Summary of further report on surra
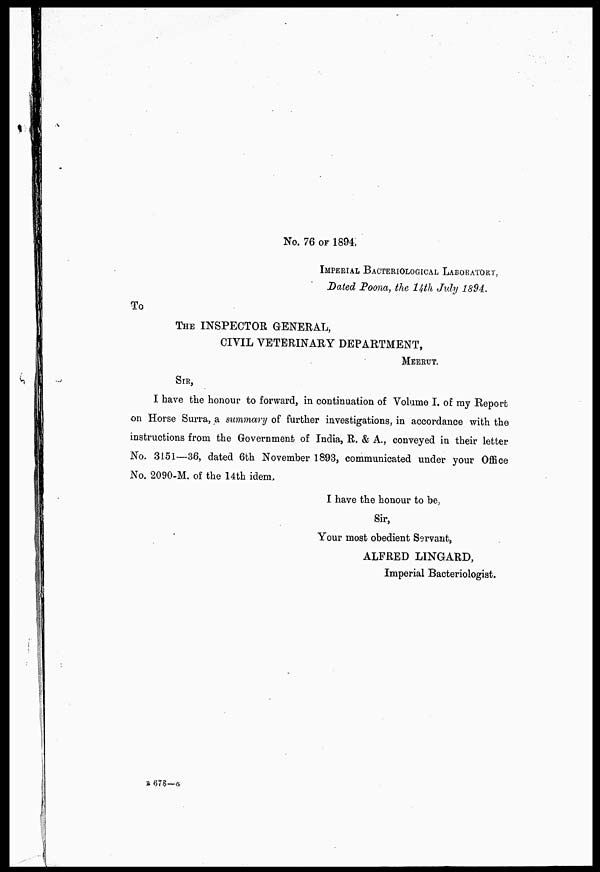
No. 76 OF 1894
IMPERIAL BACTERIOLOGICAL LABORATORY,
Dated Poona, the 14th July 1894.
To
THE INSPECTOR GENERAL,
CIVIL VETERINARY DEPARTMENT,
MEERUT.
SIR,
I have the honour to forward, in continuation of Volume I. of ray Report
on Horse Surra, a summary of further investigations, in accordance with the
instructions from the Government of India, R. & A., conveyed in their letter
No. 3151—36, dated 6th November 1893, communicated under your Office
No. 2090-M. of the 14th idem,
I have the honour to be
Sir,
Your most obedient Servant,
ALFRED LINGARD,
Imperial Bacteriologist.